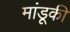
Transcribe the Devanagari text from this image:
मांडूकी